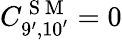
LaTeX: C_{9^{\prime},10^{\prime}}^{\mathrm{~S~M~}}=0